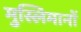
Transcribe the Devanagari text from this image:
मुस्लिमानों